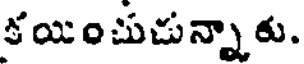
కయించుచున్నాకు.